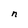
Character: n